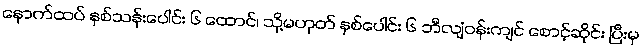
နောက်ထပ် နှစ်သန်းပေါင်း ၆ ထောင်၊ သို့မဟုတ် နှစ်ပေါင်း ၆ ဘီလျံဝန်းကျင် စောင့်ဆိုင်း ပြီးမှ